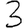
Digit: 3